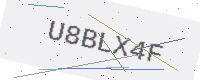
Text: U8BLX4F